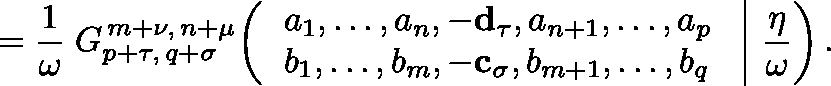
= { \frac { 1 } { \omega } } \; G _ { p + \tau , \, q + \sigma } ^ { \, m + \nu , \, n + \mu } \! \left( \left. { \begin{array} { l } { a _ { 1 } , \dots , a _ { n } , - \mathbf { d _ { \tau } } , a _ { n + 1 } , \dots , a _ { p } } \\ { b _ { 1 } , \dots , b _ { m } , - \mathbf { c _ { \sigma } } , b _ { m + 1 } , \dots , b _ { q } } \end{array} } \; \right| \, { \frac { \eta } { \omega } } \right) .